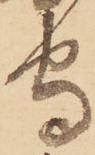
守